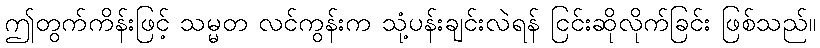
ဤတွက်ကိန်းဖြင့် သမ္မတ လင်ကွန်းက သုံ့ပန်းချင်းလဲရန် ငြင်းဆိုလိုက်ခြင်း ဖြစ်သည်။